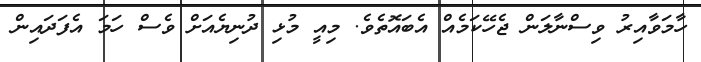
ހާމަވާއިރު ވިސްނާލަން ޖެހޭކަމެއް އެބައޮތެވެ. މިއީ މުޅި ދުނިޔެއަށް ވެސް ހަމަ އެފަދައިން